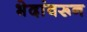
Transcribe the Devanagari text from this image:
भेदांवरून